Vaccination in Burma 1912-1922 - 1912-1922
Year: 1912
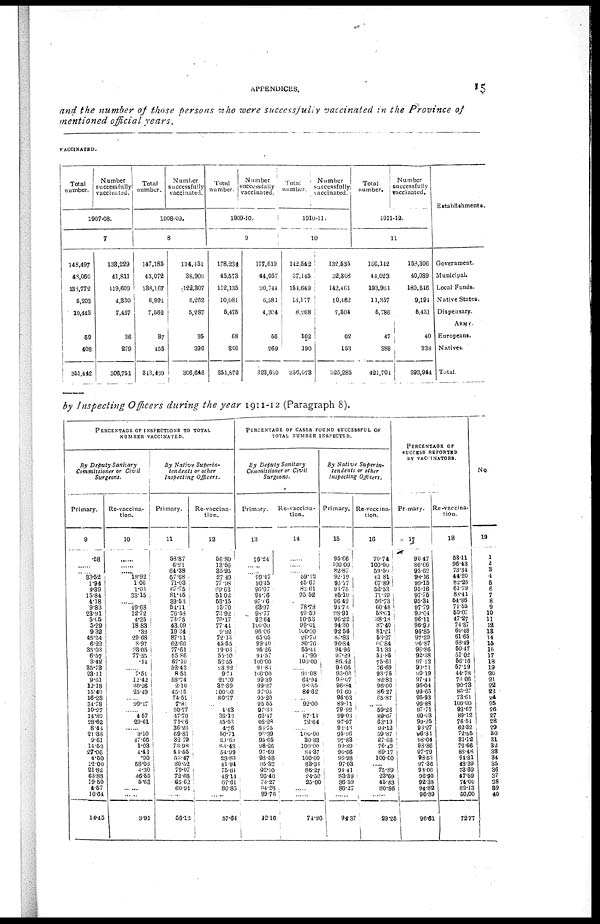
APPENDICES.
15
and the number of those persons who were successfully vaccinated in the Province of
mentioned official years.
VACCINATED.
Total
number.
Number
successfully
vaccinated.
1907-08.
7
148,497
48,060
138,772
5,203
10,443
59
408
361,442
133,229
41,811
119,609
4,330
7,457
36
279
306,751
Total
number.
Number
successfully
vaccinated.
1908-09.
8
147,185
43,072
138,167
6,991
7,562
37
455
343,469
134,451
38,908
122,307
5,262
5,287
35
396
306,646
Total
number.
Number
successfully
vaccinated.
1909-10.
9
178,234
45,573
112,135
10,081
5,475
68
306
351,872
177,619
44,057
90, 744
6,581
4,304
56
269
323,630
Total
number.
Number
successfully
vaccinated.
1910-11.
10
142,542
37,145
154,649
13,177
8,268
102
190
356,073
132,535
32,308
142,461
10,462
7,304
62
153
325,285
Total
number.
Number
successfully
vaccinated.
1911-12.
11
166,142
44,023
193,961
11,357
5,786
47
388
421,704
158,306
40,089
180,546
9,194
6,431
40
338
393,944
Establishments.
Government.
Municipal.
Local Funds.
Native States.
Dispensary.
ARMY.
Europeans.
Natives.
Total.
by Inspecting Officers during the year 1911-12 (Paragraph 8).
PERCENTAGE OF INSPECTIONS TO TOTAL
NUMBER VACCINATED.
By Deputy Sanitary
Commissioner or Civil
Surgeons.
Primary.
9
.58
......
...... 33.52
1.94
4.39
15.84
4.18
9.83
23.91
5.05
5.29
9.32
45.24
6.22
35.03
6.57
3.42
35.73
23.11
9.61
12.18
15.40
16.28
34.78
10.27
14.80
28.62
8.44
21.38
9.61
14.52
27.06
4.50
12.00
21.82
63.88
19.50
4.57
16.64
14.45
Re-vaccina-
tion.
10
......
......
...... 18.92
1.06
1.03
33.15
...... 49.68
12.72
4.25
18.83
.32
29.68
3.97
33.05
77.55
.14
......
7.51
12.42
30.26
25.19
...... 99.47
4.57
29.61
......
3.10
47.66
1.03
4.43
.90
58.06
4.30
46.55
5.63
......
......
8.91
By Native Superin-
tendents or other
Inspecting
Officers.
Primary.
11
58.87
6.21
64.38
57.68
71.03
67.75
81.45
39.53
54.11
76.58
73.75
43.09
19.34
87.11
62.66
77.61
55.86
67.10
52.43
8.51
58.74
2.10
45.15
74.51
7.81
50.77
47.70
71.06
36.26
69.81
32.79
73.98
44.55
53.47
80.52
79.07
72.68
65.62
60.91
......
56.12
Re-vaccina-
tion.
12
56.80
13.56
35.95
27.49
77.98
69.63
51.02
53.15
13.70
73.92
76.17
77.44
9.92
72.13
45.65
19.03
55.10
56.55
28.92
9.74
21.20
32.89
100.00
80.77
......
4.43
38.12
45.53
4.76
50.71
29.69
83.48
54.99
28.83
41.94
75.61
48.14
67.61
80.85
......
57.64
PERCENTAGE OF CASES FOUND SUCCESSFUL OF
TOTAL NUMBER INSPECTED.
By Deputy Sanitary
Commissioner or Civil
Surgeons.
Primary.
13
76.24
......
...... 99.47
90.45
96.07
94.76
97.06
63.97
98.77
92.64
100.00
96.06
65.05
99.40
95.26
94.57
100.00
91.83
100.00
99.39
99.27
97.05
95.20
95.55
97.33
63.47
98.28
83.75
96.39
95.65
98.26
97.69
98.58
95.32
92.10
96.40
73.27
84.28
99.76
92.16
Re-vaccina-
tion.
14
......
59.12
45.67
82.61
95.52
...... 78.78
49.59
10.53
99.01
100.00
26.70
80.76
55.41
47.90
100.00
......
91.08
64.94
98.55
84.62
...... 92.00
...... 87.14
72.64
...... 100.00
30.33
100.00
84.37
100.00
83.33
86.27
24.50
25.00
......
......
74.96
By Native
Superin-
tendents or other
Inspecting Officers.
Primary.
15
95.66
100.00
82.87
92.12
99.77
93.75
85.10
96.49
94.73
98.91
96.22
94.30
92.56
87.83
96.84
94.96
97.29
86.42
98.06
95.06
98.07
96.84
91.60
96.03
89.11
79.92
99.03
97.97
92.43
95.96
97.83
99.89
96.66
96.98
97.03
94.41
83.39
86.59
86.27
......
94.37
Re-vaccina-
tion.
16
70.74
100.00
59.50
61.81
67.89
52.53
71.39
56.73
60.48
58.61
38.18
87.40
81.21
53.27
60.84
34.33
51.85
75.61
76.69
93.75
82.83
96.00
86.27
65.87
...... 59.26
89.67
63.19
94.12
59.87
27.63
76.49
89.17
100.00
...... 75.89
23.69
45.83
80.86
......
29.25
PERCENTAGE OF
SUCCESS REPORTED
BY VACCINATORS.
Primary.
17
90.47
86.66
95.62
96.16
99.15
95.16
97.75
95.34
97.79
99.04
96.11
96.90
96.85
97.39
96.87
96.86
92.38
97.12
93.71
90.19
97.44
96.04
99.65
95.93
99.88
97.71
99.03
99.25
93.27
96.31
98.04
98.86
97.79
98.53
97.36
98.06
96.90
92.38
94.82
96.89
96.61
Re-vaccina-
tion.
18
53.11
96.43
73.34
44.20
82.26
11.79
88.41
54.86
71.55
50.07
47.27
74.37
60.48
61.65
68.49
50.47
51.02
56.16
57.19
44.78
73.06
90.78
86.27
73.61
100.00
93.67
89.12
76.54
62.32
72.55
31.12
72.66
88.46
94.81
48.39
73.69
47.59
74.00
82.13
50.00
72.77
No.
19
1
2
3
4
5
6
7
8
9
10
11
12
13
14
15
16
17
18
19
20
21
22
23
24
25
26
27
28
29
30
31
32
33
34
35
36
37
38
39
40